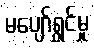
မပျော်ရွှင်မှု